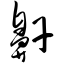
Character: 鼾